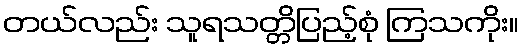
တယ်လည်း သူရသတ္တိပြည့်စုံ ကြသကိုး။